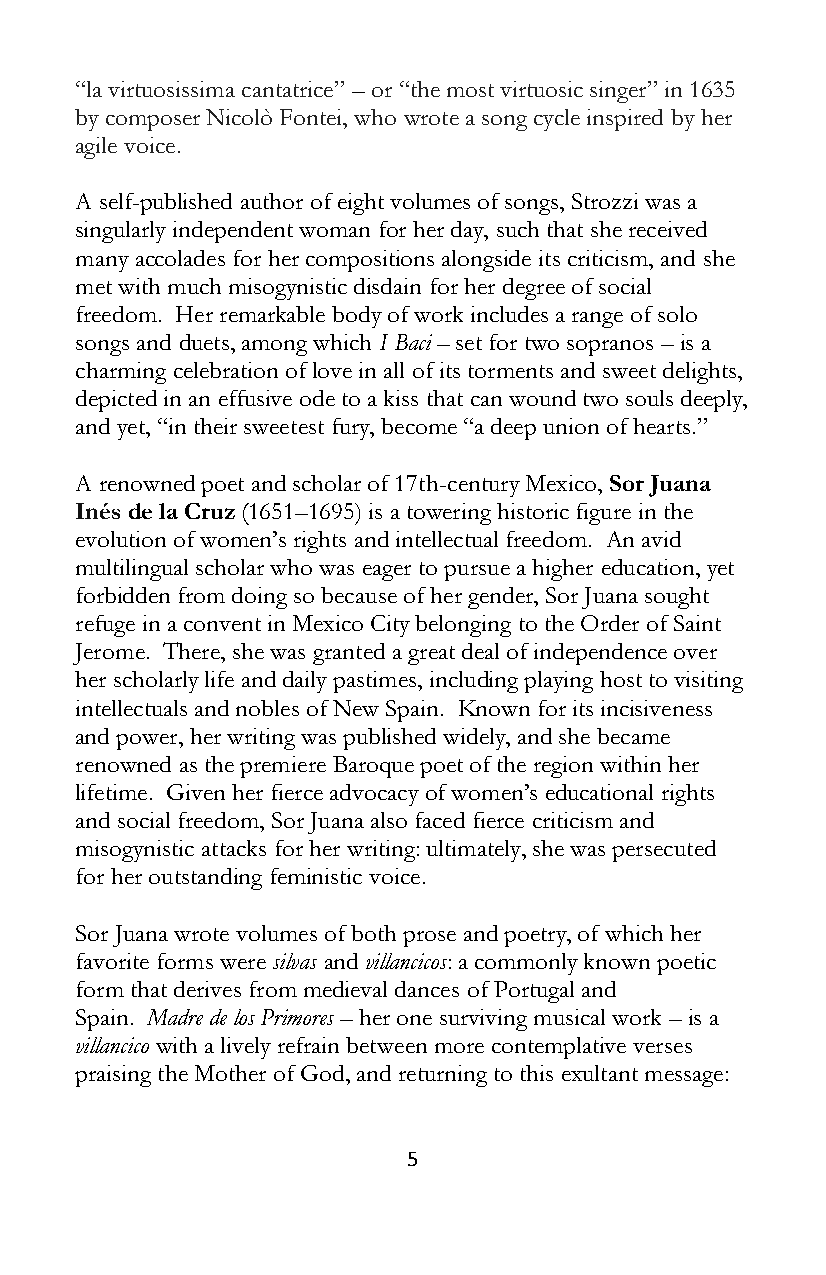
“la virtuosissima cantatrice” – or “the most virtuosic singer” in 1635
 by composer Nicolò Fontei, who wrote a song cycle inspired by her
 agile voice.
 A self-published author of eight volumes of songs, Strozzi was a
 singularly independent woman for her day, such that she received
 many accolades for her compositions alongside its criticism, and she
 met with much misogynistic disdain for her degree of social
 freedom. Her remarkable body of work includes a range of solo
 songs and duets, among which I Baci – set for two sopranos – is a
 charming celebration of love in all of its torments and sweet delights,
 depicted in an effusive ode to a kiss that can wound two souls deeply,
 and yet, “in their sweetest fury, become “a deep union of hearts.”
 A renowned poet and scholar of 17th-century Mexico, Sor Juana
 Inés de la Cruz (1651–1695) is a towering historic figure in the
 evolution of women’s rights and intellectual freedom. An avid
 multilingual scholar who was eager to pursue a higher education, yet
 forbidden from doing so because of her gender, Sor Juana sought
 refuge in a convent in Mexico City belonging to the Order of Saint
 Jerome. There, she was granted a great deal of independence over
 her scholarly life and daily pastimes, including playing host to visiting
 intellectuals and nobles of New Spain. Known for its incisiveness
 and power, her writing was published widely, and she became
 renowned as the premiere Baroque poet of the region within her
 lifetime. Given her fierce advocacy of women’s educational rights
 and social freedom, Sor Juana also faced fierce criticism and
 misogynistic attacks for her writing: ultimately, she was persecuted
 for her outstanding feministic voice.
 Sor Juana wrote volumes of both prose and poetry, of which her
 favorite forms were silvas and villancicos: a commonly known poetic
 form that derives from medieval dances of Portugal and
 Spain. Madre de los Primores – her one surviving musical work – is a
 villancico with a lively refrain between more contemplative verses
 praising the Mother of God, and returning to this exultant message:
 5